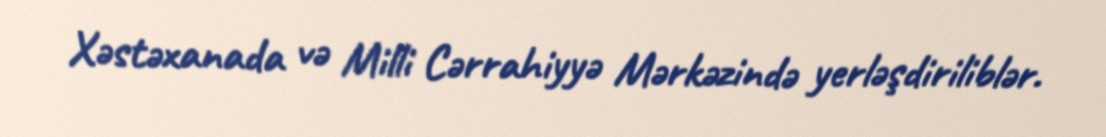
Xəstəxanada və Milli Cərrahiyyə Mərkəzində yerləşdiriliblər.